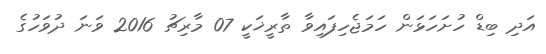
އަދި ބިޑް ހުށަހަޅަން ހަމަޖެހިފައިވާ ތާރީޚަކީ 07 މާރިޗު 2016 ވަނަ ދުވަހުގެ